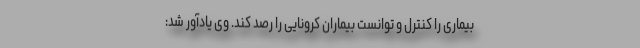
بیماری را کنترل و توانست بیماران کرونایی را رصد کند. وی یادآور شد: